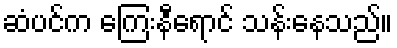
ဆံပင်က ကြေးနီရောင် သန်းနေသည်။